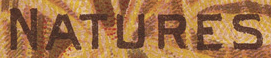
NATURES